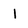
Character: 1